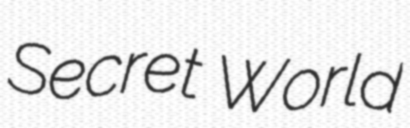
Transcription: Secret World